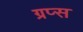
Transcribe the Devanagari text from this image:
ग्रप्स